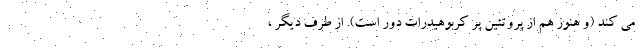
می کند (و هنوز هم از پروتئین پر کربوهیدرات دور است). از طرف دیگر ،